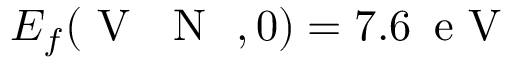
E _ { f } ( \mathrm { ~ V ~ \textsubscript ~ { ~ N ~ } ~ } , 0 ) = 7 . 6 \, \mathrm { ~ e ~ V ~ }